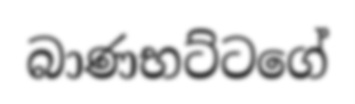
බාණභට්ටගේ